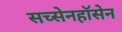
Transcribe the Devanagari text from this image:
सच्सेनहॉसेन